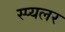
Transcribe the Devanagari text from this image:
स्प्यलर